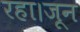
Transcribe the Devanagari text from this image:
रहा।जून